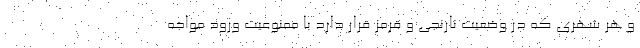
و هر شهری که در وضعیت نارنجی و قرمز قرار دارد با ممنوعیت ورود مواجه